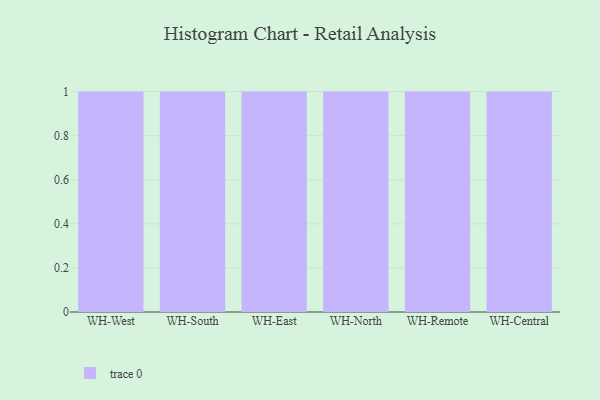
{"axis": {"x": "Warehouse", "y": "LTV (USD)"}, "legend": [""], "data": [{"x": "WH-West", "y": 84, "type": ""}, {"x": "WH-South", "y": 14, "type": ""}, {"x": "WH-East", "y": 67, "type": ""}, {"x": "WH-North", "y": 30, "type": ""}, {"x": "WH-Remote", "y": 45, "type": ""}, {"x": "WH-Central", "y": 61, "type": ""}]}